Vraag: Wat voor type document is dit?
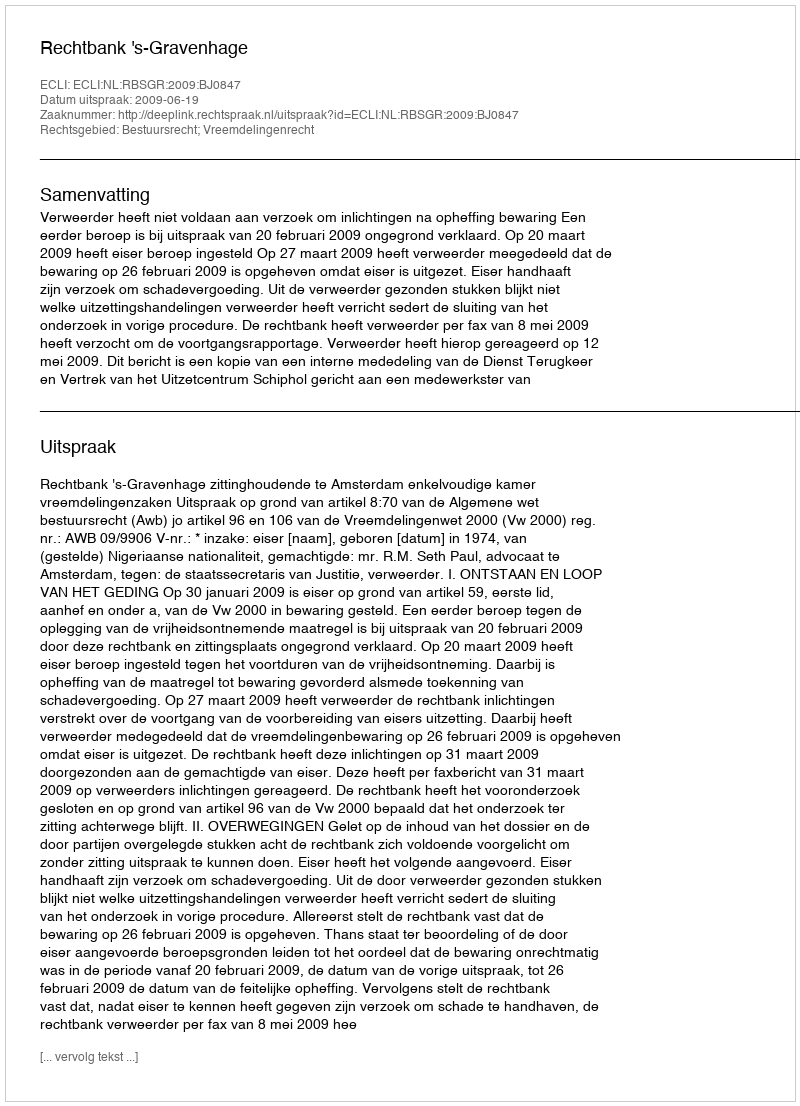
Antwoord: Uitspraak